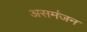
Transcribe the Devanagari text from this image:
असमंजन